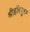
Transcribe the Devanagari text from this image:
श्रीहरिपुरम